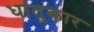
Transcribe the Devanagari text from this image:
धातुकार